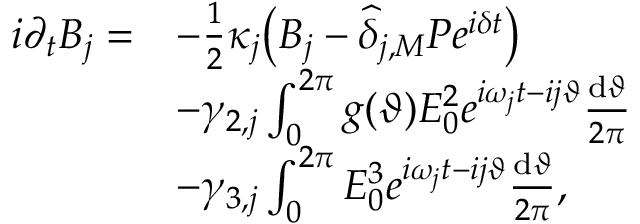
\begin{array} { r l } { i \partial _ { t } B _ { j } = } & { - \frac { 1 } { 2 } \kappa _ { j } \big ( B _ { j } - \widehat \delta _ { j , M } { \cal P } e ^ { i \delta t } \big ) } \\ & { - \gamma _ { 2 , j } \int _ { 0 } ^ { 2 \pi } g ( \vartheta ) { \cal E } _ { 0 } ^ { 2 } e ^ { i \omega _ { j } t - i j \vartheta } \frac { \mathrm { d } \vartheta } { 2 \pi } } \\ & { - \gamma _ { 3 , j } \int _ { 0 } ^ { 2 \pi } { \cal E } _ { 0 } ^ { 3 } e ^ { i \omega _ { j } t - i j \vartheta } \frac { \mathrm { d } \vartheta } { 2 \pi } , } \end{array}